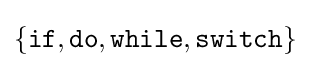
\{{\mathtt {if,do,while,switch}}\}